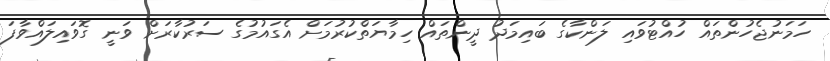
ހަމަނުޖެހުންތައް ހުއްޓުވައި ލަންކާގެ ބައިމަދު ދީންތައް ހިމާޔަތްކުރުމަށް އެގައުމުގެ ސަރުކާރަށް ވަނީ ގޮވައިލައްވާފަ